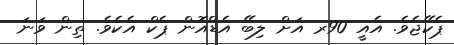
ޕެކޭޖެވެ. އެއީ 90ރ އަށް ލިބޭ އެޑްއޮން ޕެކް އެކެވެ. ތިން ވަނަ